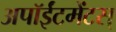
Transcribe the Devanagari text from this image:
अपॉईंटमेंटस्